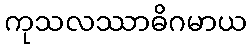
ကုသလဿာဓိဂမာယ